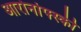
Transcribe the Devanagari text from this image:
आरोनोफ्स्की